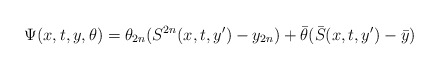
\begin{align*}\Psi(x,t,y,\theta)=\theta_{2n}(S^{2n}(x,t,y')-y_{2n}) +\bar\theta (\bar S (x,t,y') -\bar y)\end{align*}